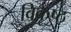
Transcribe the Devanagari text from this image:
विकृष्ठ